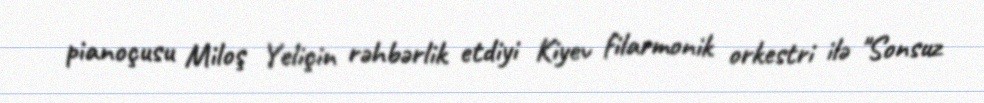
pianoçusu Miloş Yeliçin rəhbərlik etdiyi Kiyev filarmonik orkestri ilə "Sonsuz